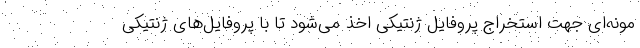
مونه‌ای جهت استخراج پروفایل ژنتیکی اخذ می‌شود تا با پروفایل‌های ژنتیکی